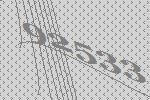
92533